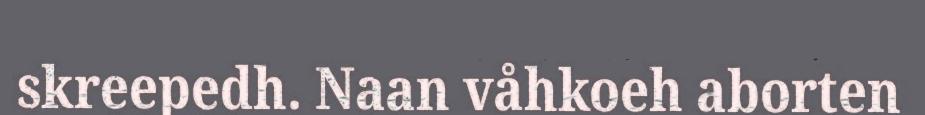
skreepedh. Naan våhkoeh aborten